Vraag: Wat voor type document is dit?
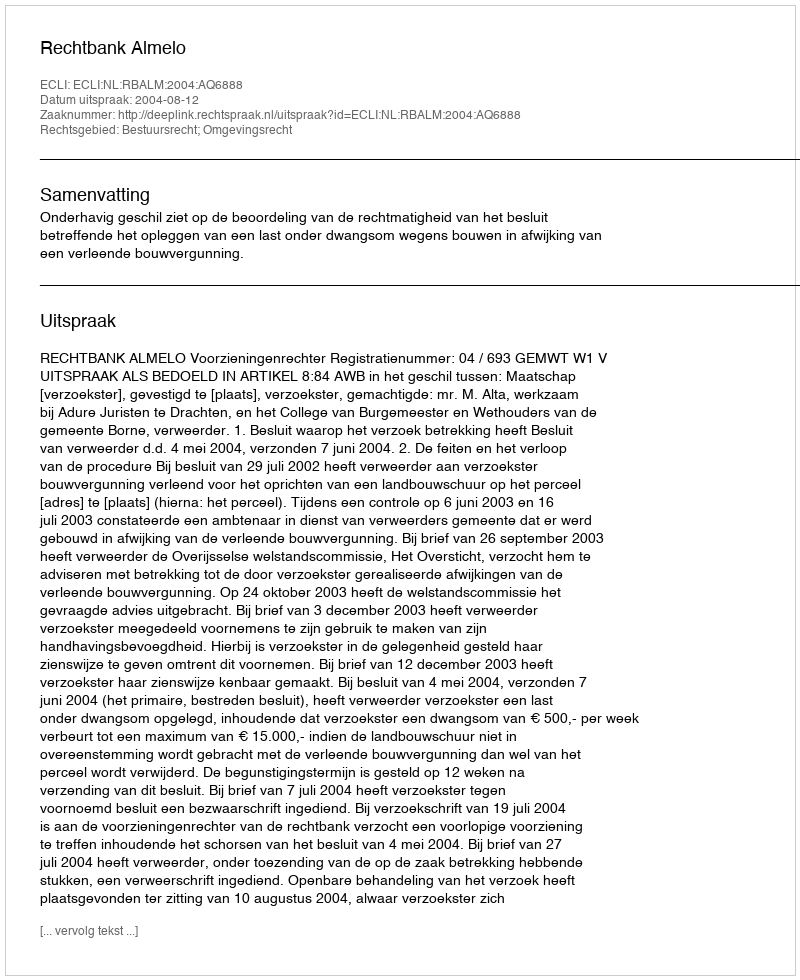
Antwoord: Uitspraak